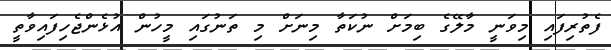
ފެތުރިފައި މިވަނީ މާލޭގެ ބިމަށް ނުކަތާ މިނަށް މި ތަނުގައި މީހުން އުޅެންޖެހިފައިވާތީ